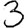
Digit: 3